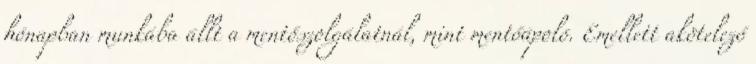
hónapban munkába állt a mentőszolgálatnál, mint mentőápoló. Emellett akötelező